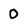
Character: 0